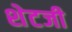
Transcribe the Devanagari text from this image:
शेटजी